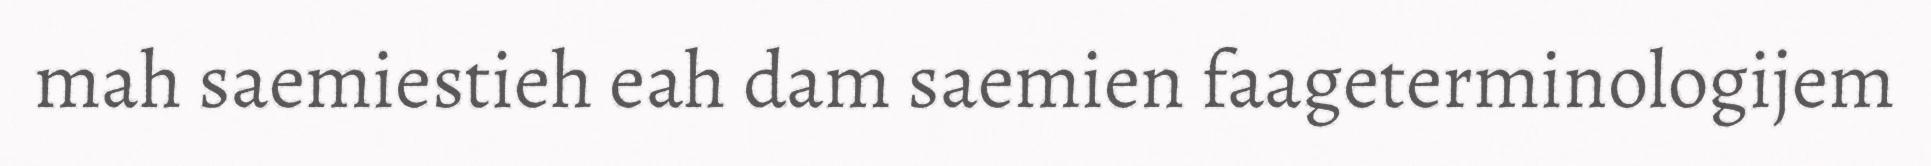
mah saemiestieh eah dam saemien faageterminologijem